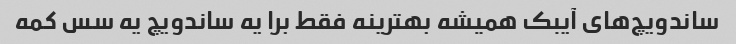
ساندویچ‌های آیبک همیشه بهترینه فقط برا یه ساندویچ یه سس کمه